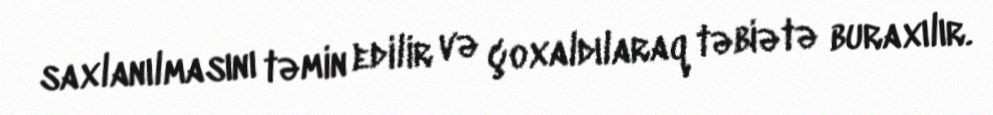
saxlanılmasını təmin edilir və çoxaldılaraq təbiətə buraxılır.